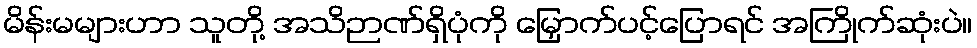
မိန်းမများဟာ သူတို့ အသိဉာဏ်ရှိပုံကို မြှောက်ပင့်ပြောရင် အကြိုက်ဆုံးပဲ။